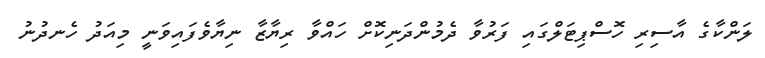
ލަންކާގެ އާސިރި ހޮސްޕިޓަލްގައި ފަރުވާ ދެމުންދަނިކޮށް ހައްވާ ރިޔާޒާ ނިޔާވެފައިވަނީ މިއަދު ހެނދުނު